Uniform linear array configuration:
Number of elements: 48
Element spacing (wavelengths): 0.25
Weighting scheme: uniform
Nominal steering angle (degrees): -15
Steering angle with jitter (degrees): -14.888
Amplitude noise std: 0.05
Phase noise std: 0.05

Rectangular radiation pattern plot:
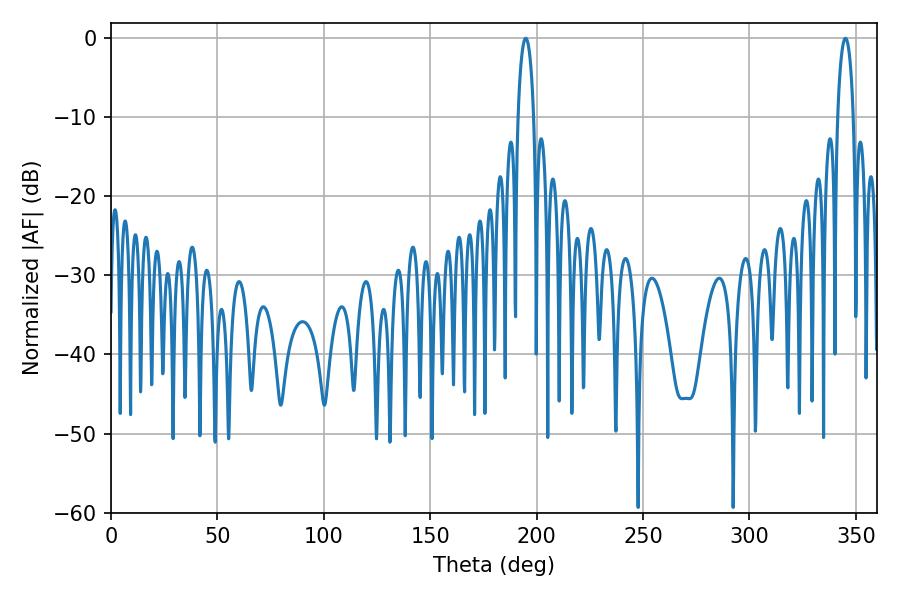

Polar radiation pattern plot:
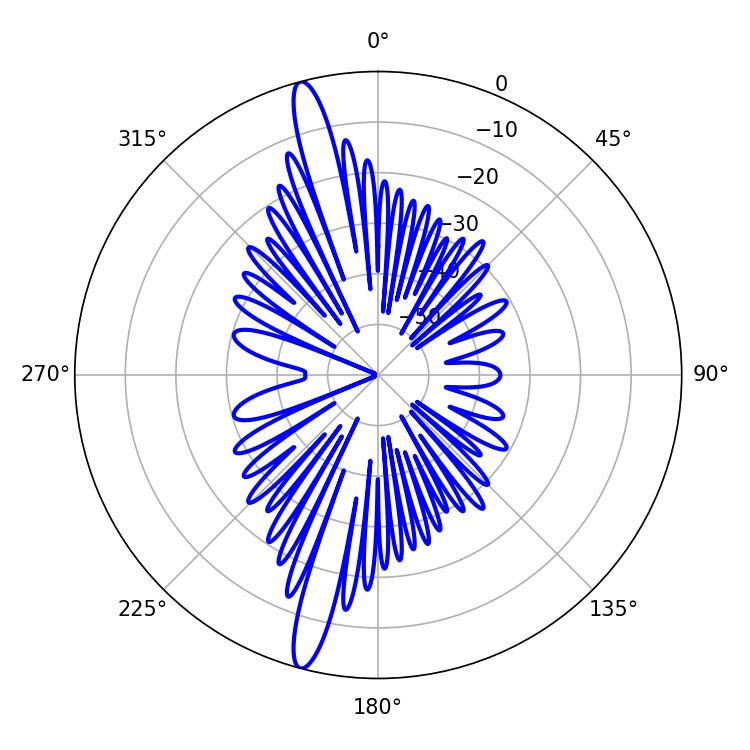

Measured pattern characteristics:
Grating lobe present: FALSE
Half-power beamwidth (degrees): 4.14
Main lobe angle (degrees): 345.06